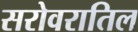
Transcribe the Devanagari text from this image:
सरोवरातिल